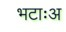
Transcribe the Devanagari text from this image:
भटाःअ